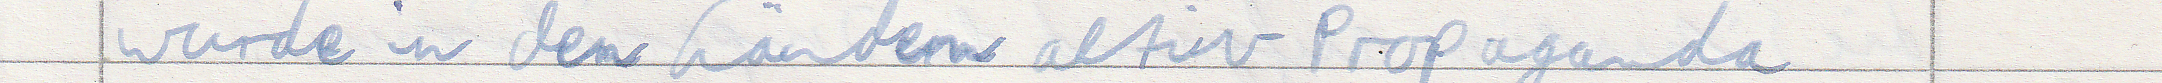
wurde in den Ländern aktiv Propaganda